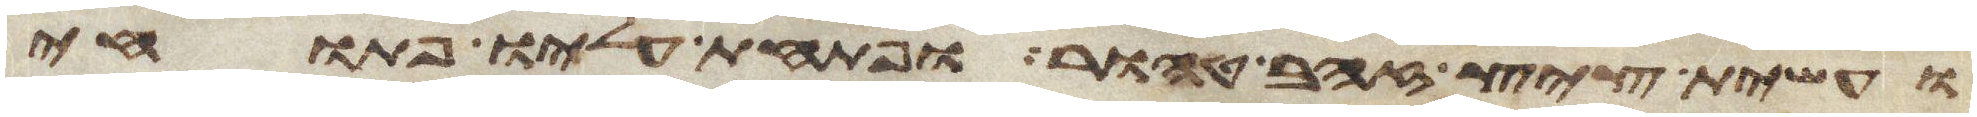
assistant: ועשית ציץ זהב טהור ופתחת עליו פתוחי